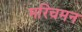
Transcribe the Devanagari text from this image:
मरिचमन